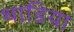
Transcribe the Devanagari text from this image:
थाडिया